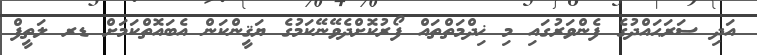
އަދި ސަރަޙައްދުގެ ފެންވަރުގައި މި ޚިދްމަތްތައް ފޯރުކޮށްދެވޭނޭކަމުގެ ޔަޤީންކަން އެބައޮތްކަމަށް ޑރ ލަތީފް